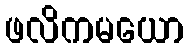
ဖလိကမယော